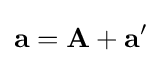
\mathbf {a} =\mathbf {A} +\mathbf {a} '